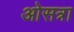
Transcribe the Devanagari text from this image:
ओसत्रा